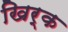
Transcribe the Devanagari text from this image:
खिर्क